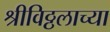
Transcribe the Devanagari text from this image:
श्रीविठ्ठलाच्या